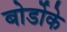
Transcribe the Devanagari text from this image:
बोर्डोके